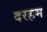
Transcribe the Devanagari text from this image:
दरहम